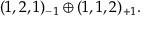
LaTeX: ( 1 , 2 , 1 ) _ { - 1 } \oplus ( 1 , 1 , 2 ) _ { + 1 } .